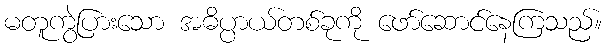
မတူကွဲပြားသော အဓိပ္ပာယ်တစ်ခုကို ဖော်ဆောင်နေကြသည်။